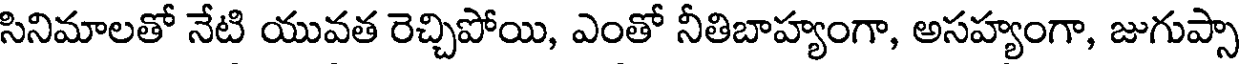
సినిమాలతో నేటి యువత రెచ్చిపోయి, ఎంతో నీతిబాహ్యంగా, అసహ్యంగా, జుగుప్సా